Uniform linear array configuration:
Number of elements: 16
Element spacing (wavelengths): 0.25
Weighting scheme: exponential
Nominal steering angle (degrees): -15
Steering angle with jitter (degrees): -13.143
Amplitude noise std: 0.05
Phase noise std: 0.05

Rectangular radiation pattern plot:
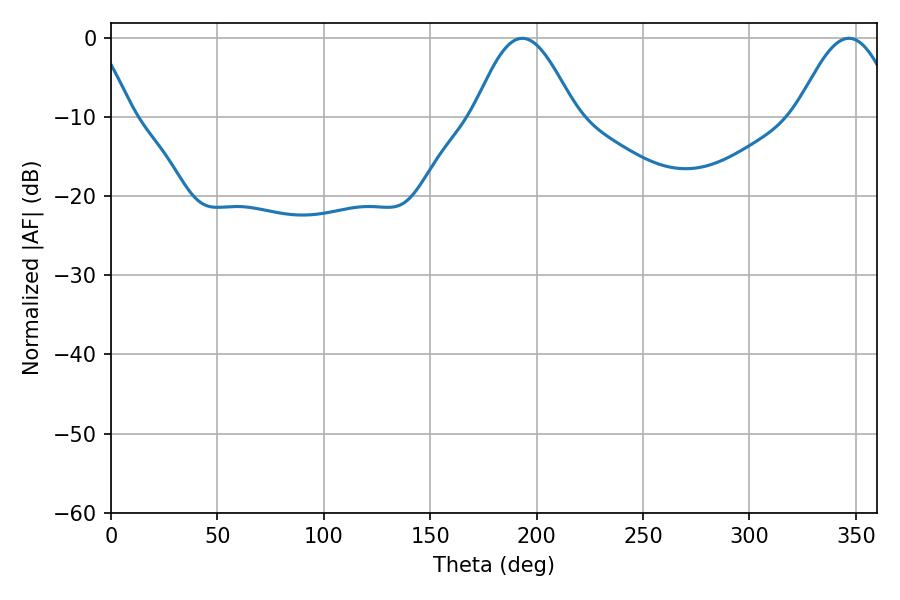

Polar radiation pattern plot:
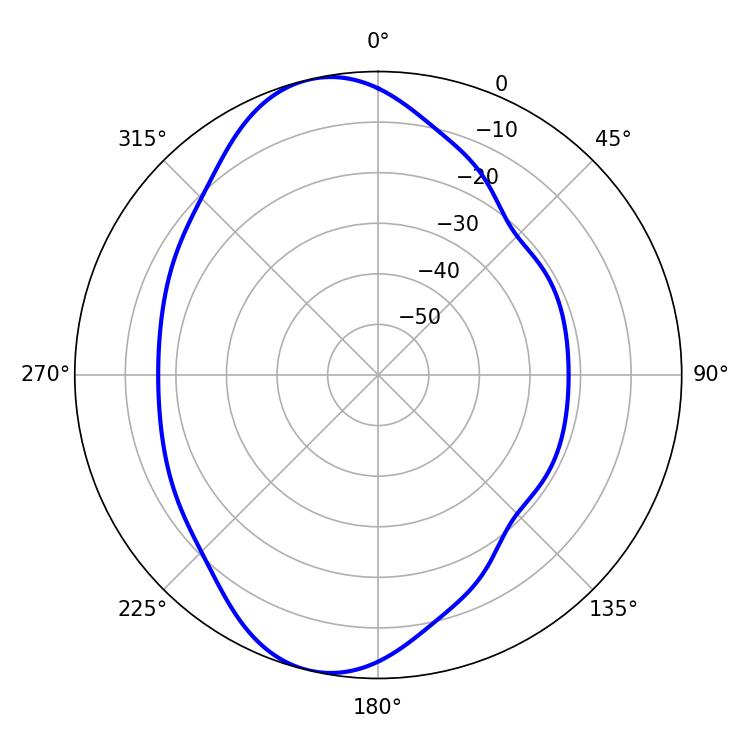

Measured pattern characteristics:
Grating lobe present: FALSE
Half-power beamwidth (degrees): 25.38
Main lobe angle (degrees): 193.32